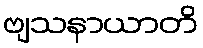
ဗျသနာယာတိ